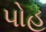
પોહ